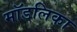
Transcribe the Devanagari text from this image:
मॉडलिका